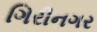
ગિરીનગર